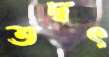
তদ্বৎ